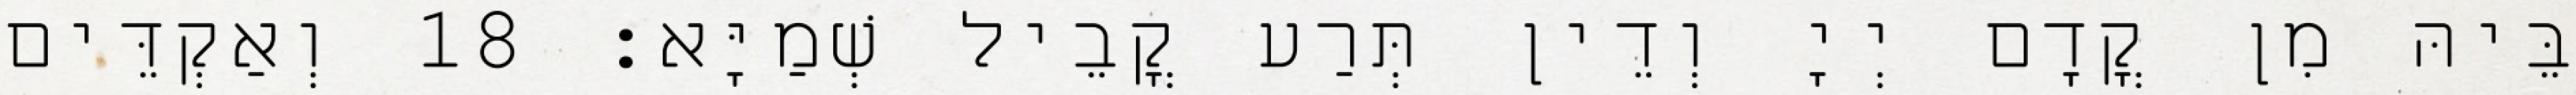
בֵּיהּ מִן קֳדָם יְיָ וְדֵין תְּרַע קֳבֵיל שְׁמַיָּא׃ 18 וְאַקְדֵּים